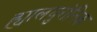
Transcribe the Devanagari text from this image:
ह्यालयुरोनिक